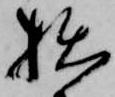
拙